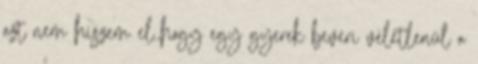
azt nem hiszem el.,hogy egy gyerek beveri vèletlenül a